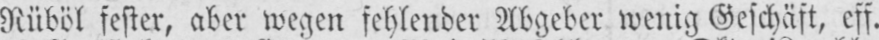
Rüböl fester, aber wegen fehlender Abgeber wenig Geschäft, eff.